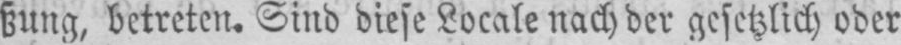
ßung, betreten. Sind diese Locale nach der gesetzlich oder